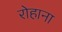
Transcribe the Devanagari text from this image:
रोहाना